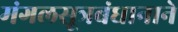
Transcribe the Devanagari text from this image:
मंगलसूत्रबंधानाने